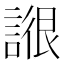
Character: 𧩺